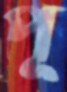
পূ